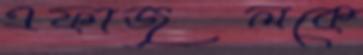
এফাজুলকে